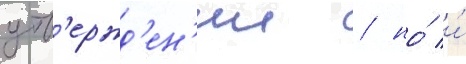
утв'ержд'ен'ии / но́ и́